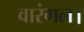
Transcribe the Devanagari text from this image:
वारंगल।